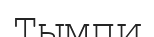
Тымпи